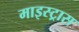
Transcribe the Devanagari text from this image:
माइस्ट्रास